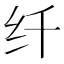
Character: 纤